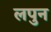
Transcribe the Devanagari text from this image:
लपुन